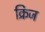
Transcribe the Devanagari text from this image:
क्रिज